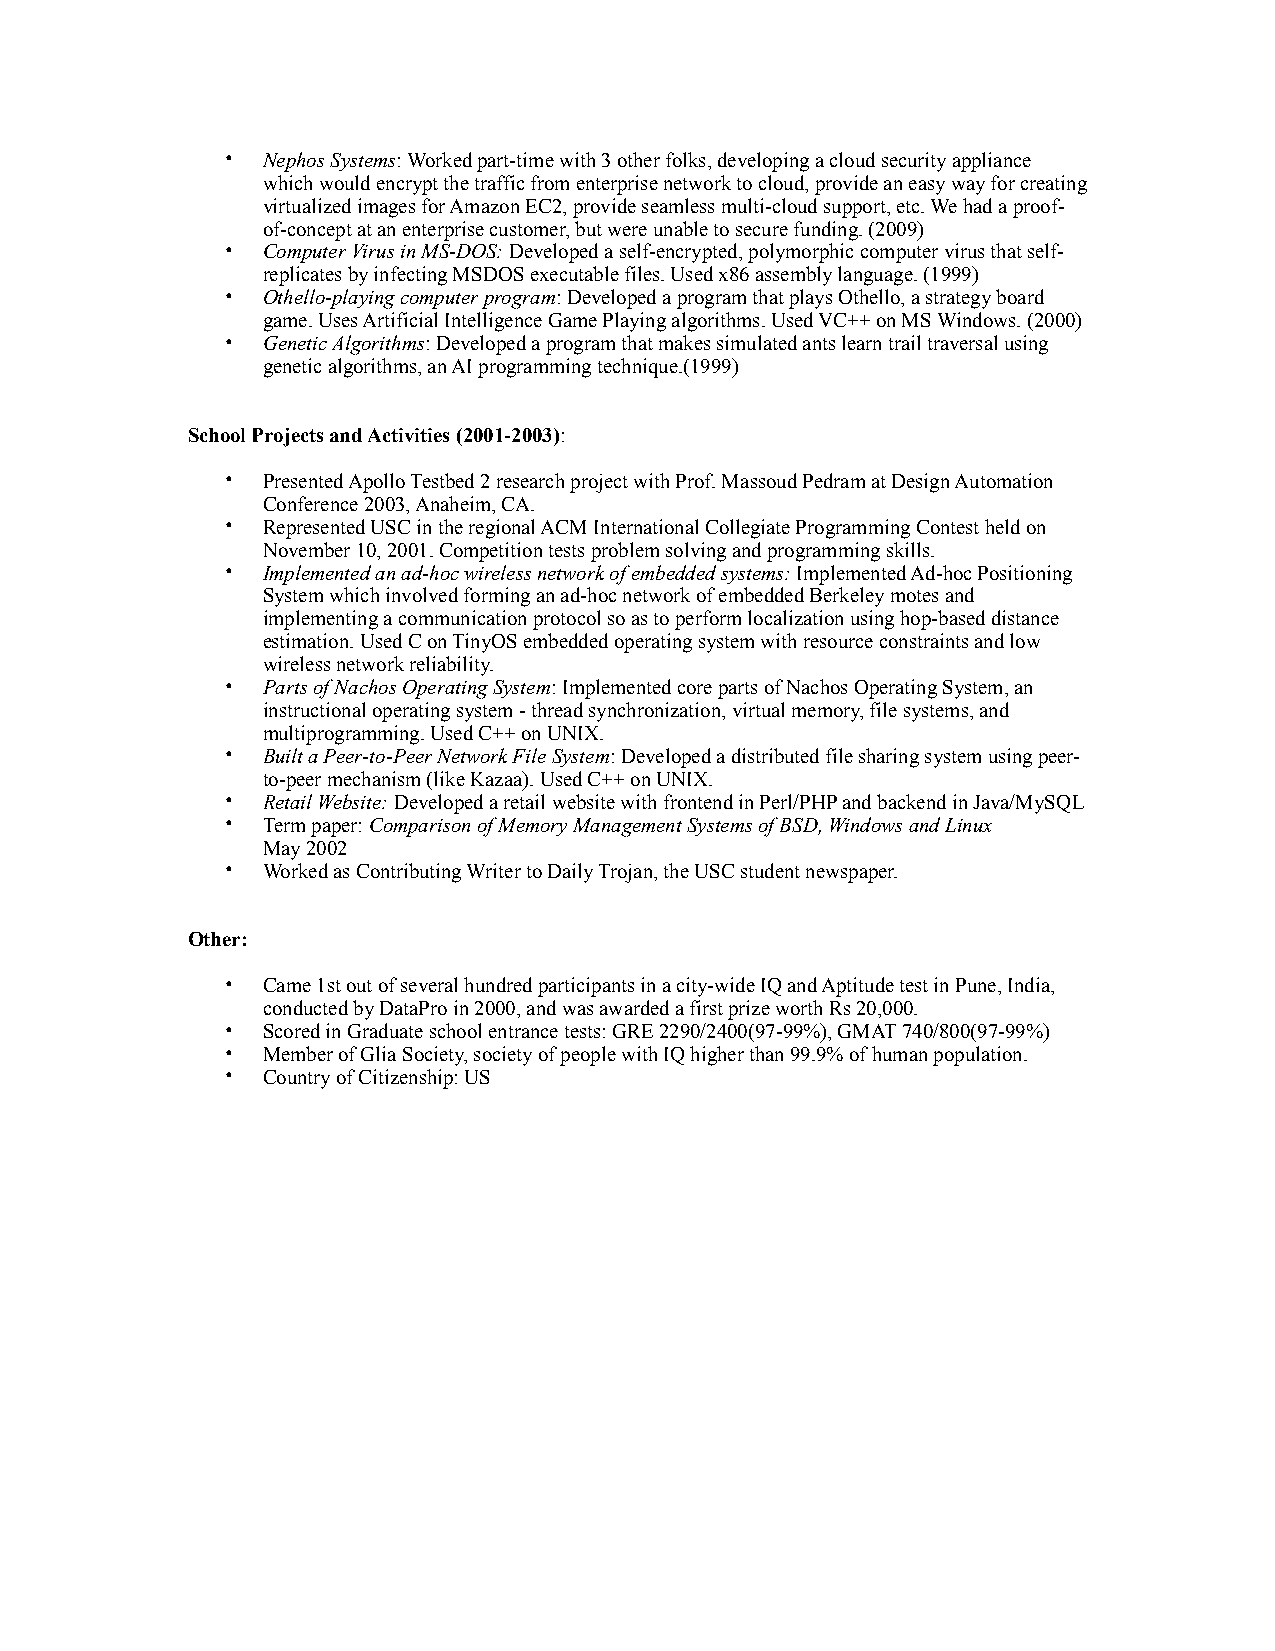
• Nephos Systems: Worked part-time with 3 other folks, developing a cloud security appliance
 which would encrypt the traffic from enterprise network to cloud, provide an easy way for creating
 virtualized images for Amazon EC2, provide seamless multi-cloud support, etc. We had a proof-
 of-concept at an enterprise customer, but were unable to secure funding. (2009)
 • Computer Virus in MS-DOS: Developed a self-encrypted, polymorphic computer virus that self-
 replicates by infecting MSDOS executable files. Used x86 assembly language. (1999)
 • Othello-playing computer program: Developed a program that plays Othello, a strategy board
 game. Uses Artificial Intelligence Game Playing algorithms. Used VC++ on MS Windows. (2000)
 • Genetic Algorithms: Developed a program that makes simulated ants learn trail traversal using
 genetic algorithms, an AI programming technique.(1999)
 School Projects and Activities (2001-2003):
 • Presented Apollo Testbed 2 research project with Prof. Massoud Pedram at Design Automation
 Conference 2003, Anaheim, CA.
 • Represented USC in the regional ACM International Collegiate Programming Contest held on
 November 10, 2001. Competition tests problem solving and programming skills.
 • Implemented an ad-hoc wireless network of embedded systems: Implemented Ad-hoc Positioning
 System which involved forming an ad-hoc network of embedded Berkeley motes and
 implementing a communication protocol so as to perform localization using hop-based distance
 estimation. Used C on TinyOS embedded operating system with resource constraints and low
 wireless network reliability.
 • Parts of Nachos Operating System: Implemented core parts of Nachos Operating System, an
 instructional operating system - thread synchronization, virtual memory, file systems, and
 multiprogramming. Used C++ on UNIX.
 • Built a Peer-to-Peer Network File System: Developed a distributed file sharing system using peer-
 to-peer mechanism (like Kazaa). Used C++ on UNIX.
 • Retail Website: Developed a retail website with frontend in Perl/PHP and backend in Java/MySQL
 • Term paper: Comparison of Memory Management Systems of BSD, Windows and Linux
 May 2002
 • Worked as Contributing Writer to Daily Trojan, the USC student newspaper.
 Other:
 • Came 1st out of several hundred participants in a city-wide IQ and Aptitude test in Pune, India,
 conducted by DataPro in 2000, and was awarded a first prize worth Rs 20,000.
 • Scored in Graduate school entrance tests: GRE 2290/2400(97-99%), GMAT 740/800(97-99%)
 • Member of Glia Society, society of people with IQ higher than 99.9% of human population.
 • Country of Citizenship: US